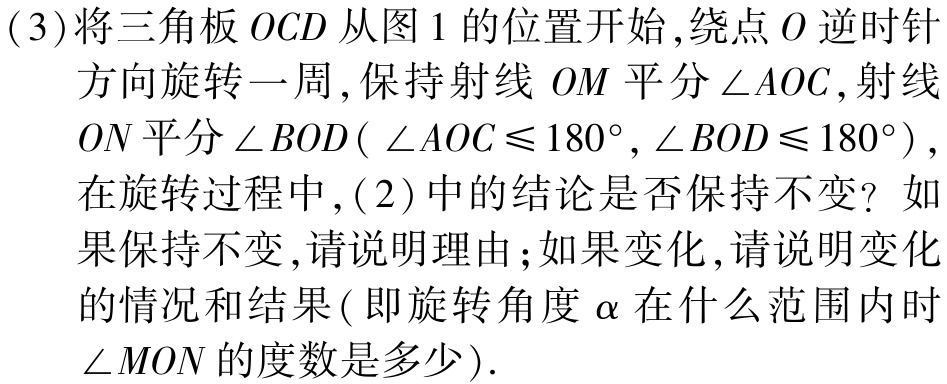
(3)将三角板\(OCD\)从图1的位置开始,绕点\(O\)逆时针方向旋转一周,保持射线 \(OM\)平分\(\angle AOC\),射线 \(ON\)平分\(\angle BOD(\angle AOC\leqslant180^{\circ},\angle BOD\leqslant180^{\circ})\),在旋转过程中,(2)中的结论是否保持不变？如果保持不变,请说明理由;如果变化,请说明变化的情况和结果(即旋转角度\(\alpha\)在什么范围内时\(\angle MON\)的度数是多少).